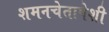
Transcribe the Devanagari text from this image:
शमनचेतापेशी